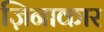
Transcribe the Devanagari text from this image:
ज़िनाकार